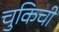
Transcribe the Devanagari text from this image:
चुकिची